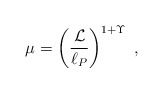
\begin{align*}\mu =\left(\frac{{\cal L}}{\ell_P}\right)^{1+ \Upsilon}\;,\end{align*}